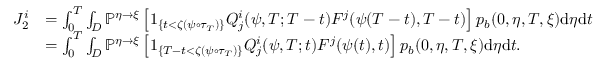
\begin{array} { r l } { J _ { 2 } ^ { i } } & { = \int _ { 0 } ^ { T } \int _ { D } \mathbb { P } ^ { \eta \rightarrow \xi } \left[ 1 _ { \{ t < \zeta ( \psi \circ \tau _ { T } ) \} } Q _ { j } ^ { i } ( \psi , T ; T - t ) F ^ { j } ( \psi ( T - t ) , T - t ) \right] p _ { b } ( 0 , \eta , T , \xi ) \mathrm { d } \eta \mathrm { d } t } \\ & { = \int _ { 0 } ^ { T } \int _ { D } \mathbb { P } ^ { \eta \rightarrow \xi } \left[ 1 _ { \{ T - t < \zeta ( \psi \circ \tau _ { T } ) \} } Q _ { j } ^ { i } ( \psi , T ; t ) F ^ { j } ( \psi ( t ) , t ) \right] p _ { b } ( 0 , \eta , T , \xi ) \mathrm { d } \eta \mathrm { d } t . } \end{array}